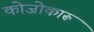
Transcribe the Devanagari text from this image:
कोजोकारू